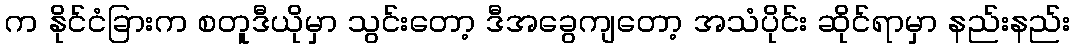
က နိုင်ငံခြားက စတူဒီယိုမှာ သွင်းတော့ ဒီအခွေကျတော့ အသံပိုင်း ဆိုင်ရာမှာ နည်းနည်း